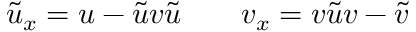
\tilde { u } _ { x } = u - \tilde { u } v \tilde { u } \qquad v _ { x } = v \tilde { u } v - \tilde { v }